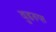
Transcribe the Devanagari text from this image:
वुडरुफ